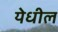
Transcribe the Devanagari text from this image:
येधील